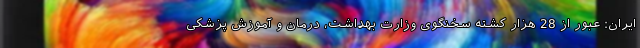
ایران: عبور از 28 هزار کشته سخنگوی وزارت بهداشت، درمان و آموزش پزشکی